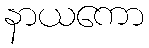
နာယကော